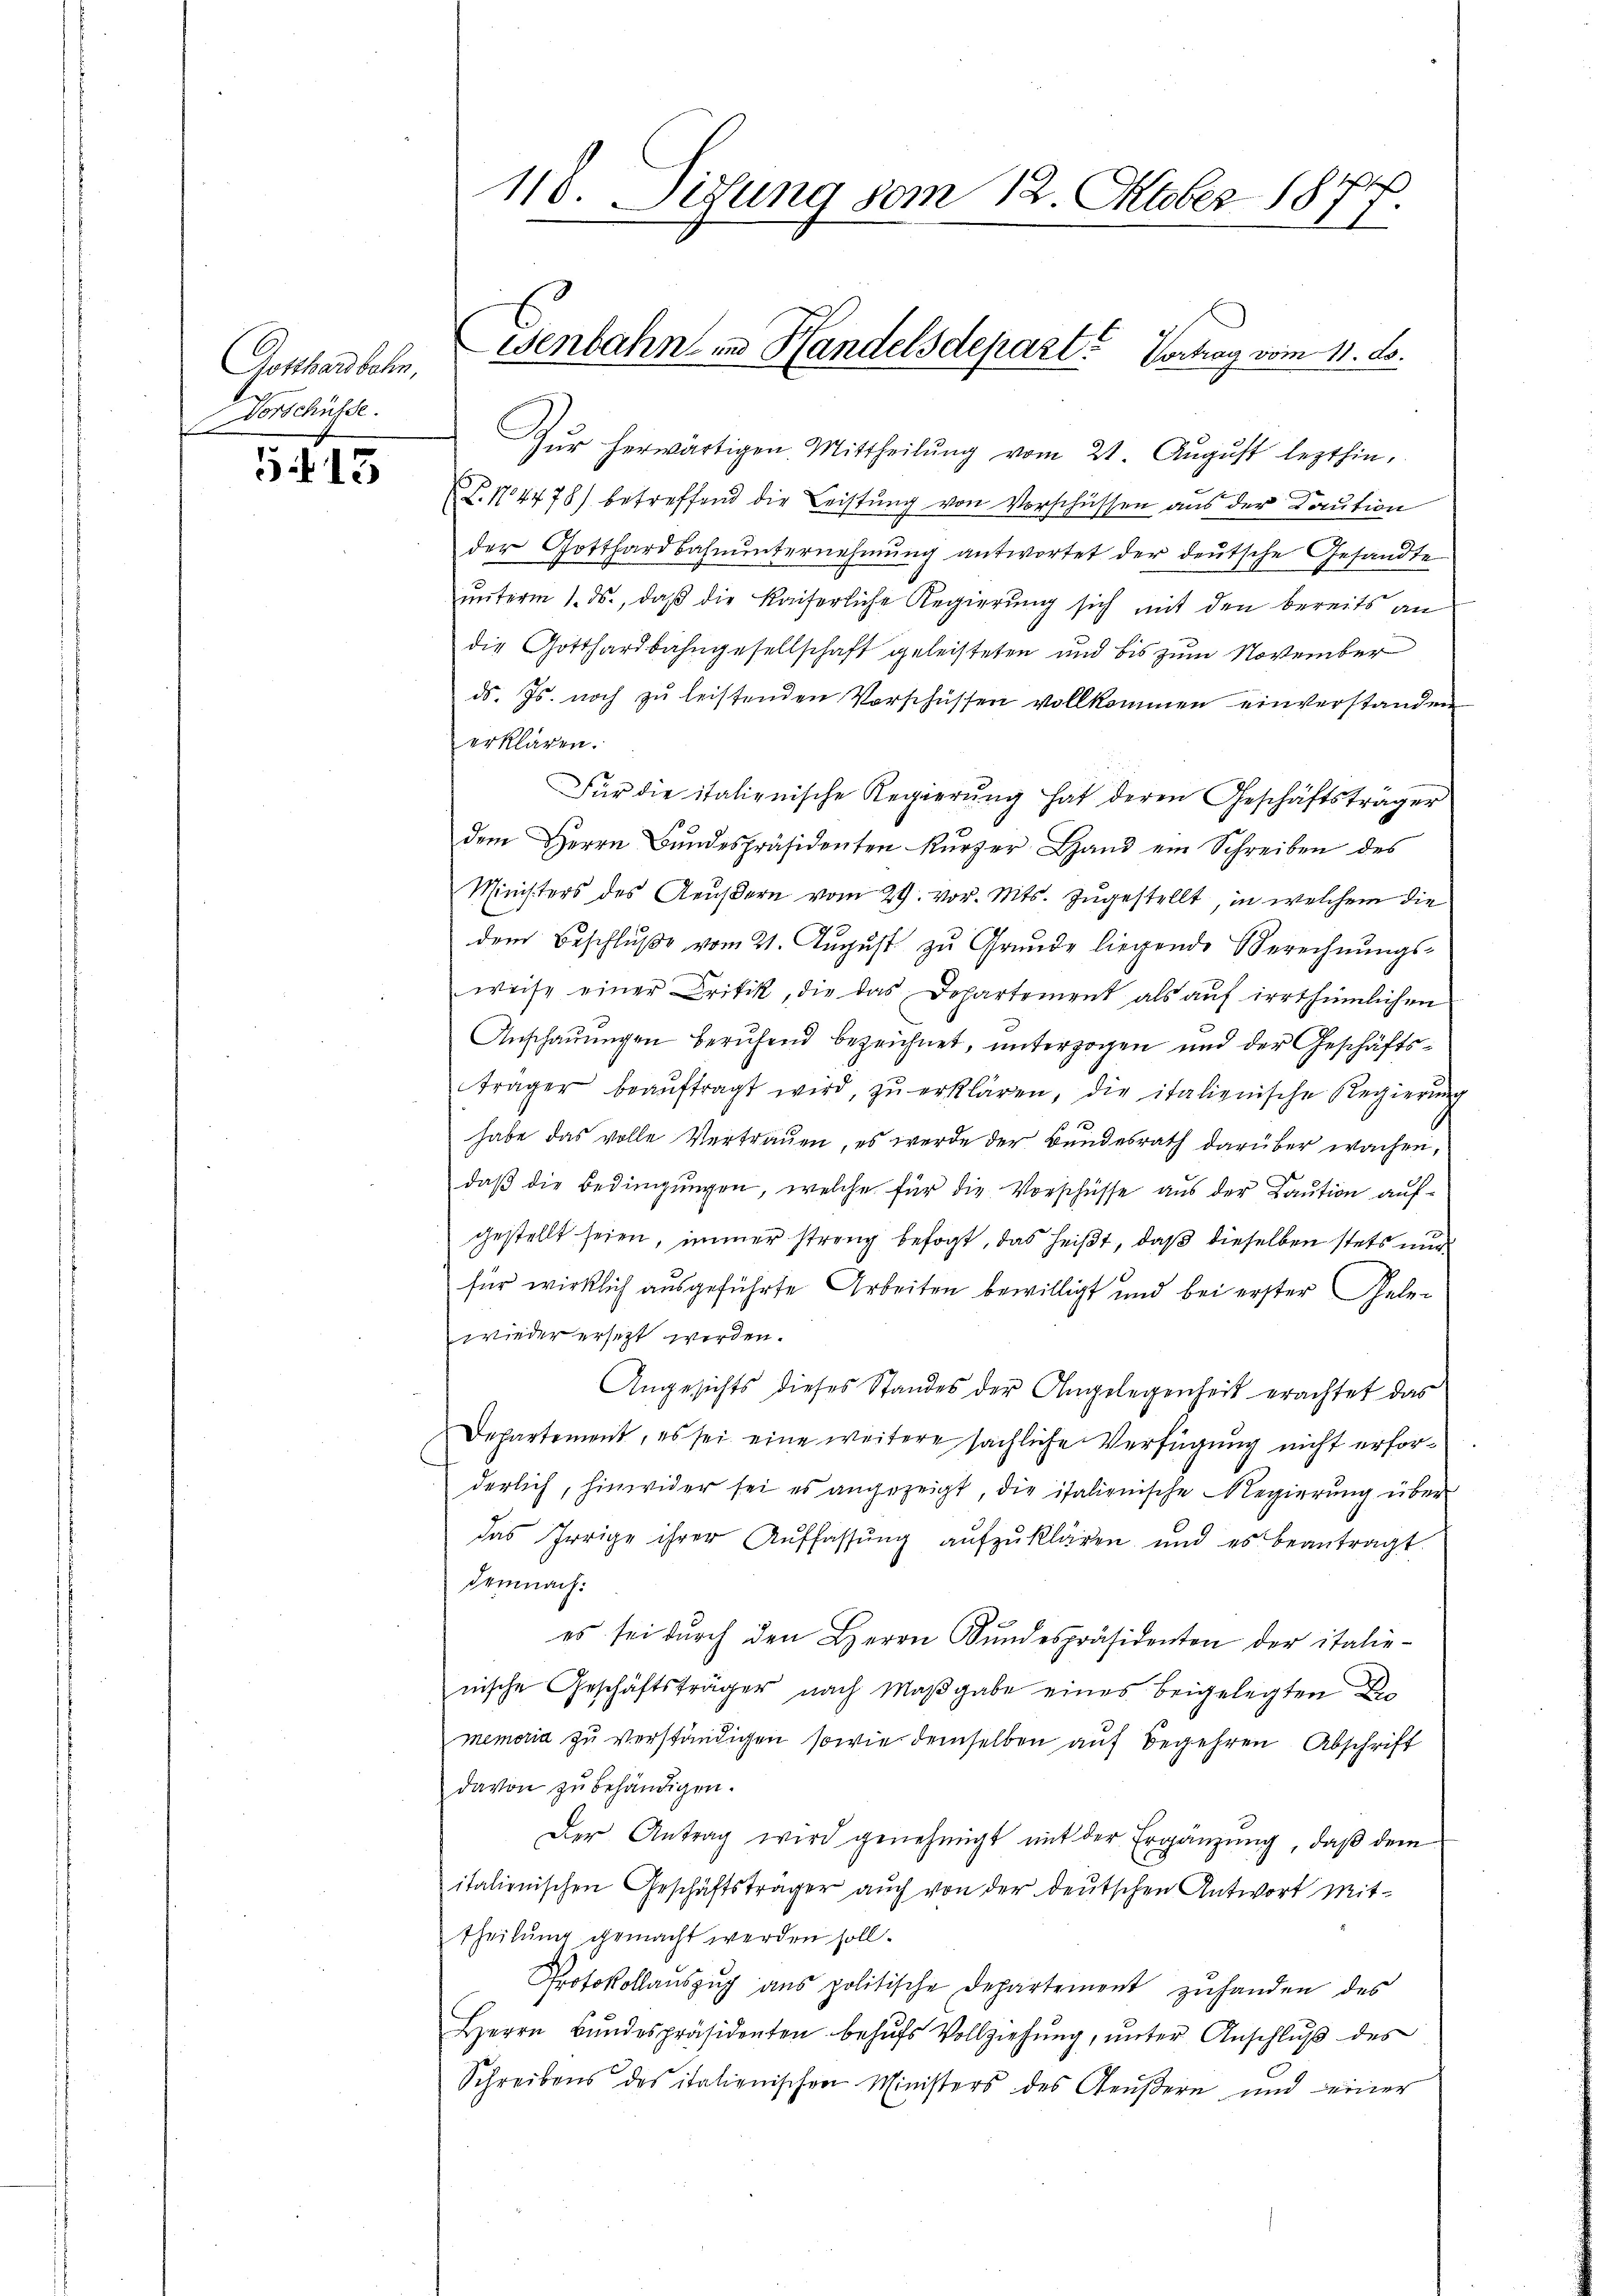
Gotthardbahn,
Vorschüsse.

5.115

118. Situng vom 12. Oktober 1877

Zŭr herwärtigen Mittheilŭng vom 21. Aŭgŭst lezthin,
P.N4478) betreffend die Leistung von Vorschüssen aus der Caution
der Gotthardbahnŭnternehmung antwortet der deutsche Gesandte
ŭnterm 1. ds., daß die kaiserliche Regierung sich mit den bereits an
die Gotthardbahngesellschaft geleisteten und bis zum November
ds. Js. noch zu leistenden Vorschüssen vollkommen einverstanden
erklären.
Für die italienische Regierŭng hat deren Geschäftsträger
dem Herrn Bŭndespräsidenten Kürzer Land ein Schreiben des
Ministers des Aeußern vom 29. vor. Mts. zugestellt, in welchem die
dem Beschlŭβe vom 21. Aŭgŭst zu Grunde liegende Berechnŭngs-
weise einer Critik, die das Departement als auf irrthümlichen
Anschauungen berufend bezeichnet, unterzogen und der Geschäftsträger beaŭftragt wird, zŭ erklären, die italienische Regierŭng
habe das volle Vertrauen, es werde der Bundesrath darüber wachen,
daß die Bedingungen, welche für die Vorschüsse aus der Kaution aufgestellt seien, immer streng befogt, das heißt, daß dieselben stets und
für wirklich ausgeführte Arbeiten bewilligt und bei erster Gelewieder ersetzt werden.
Angesichts dieses Standes der Angelegenheit erachtet das
Departement, es sei eine weitere sächliche Verfügung nicht erforderlich, hinwider sei es angezeigt, die italienische Regierung über
das Irrige ihrer Aŭffassŭng aŭfzŭklären und es beantragt.
Demnach:
es sei dŭrch den Herrn Bŭndespräsidenten der italie-
nische Geschäftsträger nach Maβgabe eines beigelegten Be-
memoria zu verständigen, sowie demselben auf Begehren Abschrift
davon zu behändigen.
Der Antrag wird genehmigt mit der Ergänzung, daß dem
italionischen Geschäftsträger auch von der deutschen Antwort Mit-
theilung gemacht werden soll.
Protokollaŭszŭg ans politische Departement zŭ handen des
Herrn Bŭndespräsidenten behŭfs Vollziehŭng ŭnter Anschlŭβ des
Schreibens des italienischen Ministers des Aeußern und einer

Genbahn in Handelsdepart? Vortrag vom 11. Js.